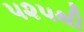
૫૨૫થી